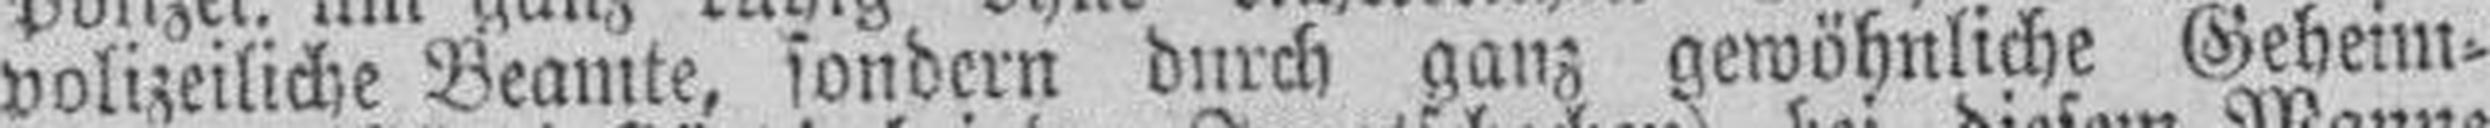
polizeiliche Beamte, sondern durch ganz gewöhnliche Geheim¬